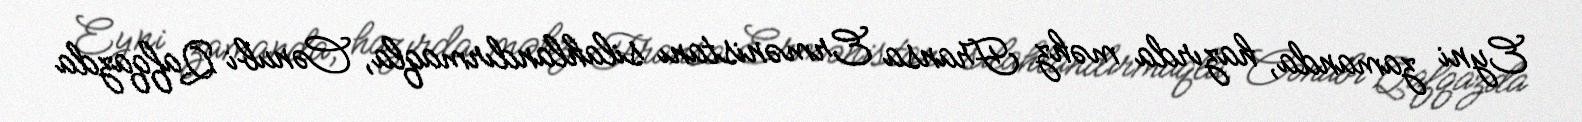
Eyni zamanda, hazırda məhz Fransa Ermənistanı silahlandırmaqla, Cənubi Qafqazda